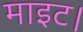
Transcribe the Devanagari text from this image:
माइट।